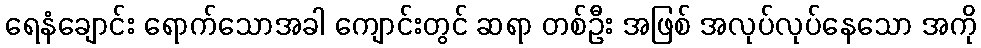
ရေနံချောင်း ရောက်သောအခါ ကျောင်းတွင် ဆရာ တစ်ဦး အဖြစ် အလုပ်လုပ်နေသော အကို